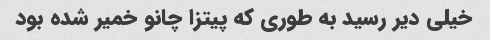
خیلی دیر رسید به طوری که پیتزا چانو خمیر شده بود